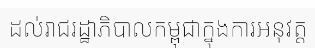
ដល់រាជរដ្ឋាភិបាលកម្ពុជាក្នុងការអនុវត្ត